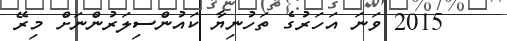
2015 ވަނަ އަހަރުގެ ތަހުނިޔާ ކައުންސިލަރުންނަށް މިރޭ